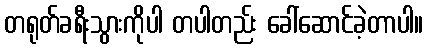
တရုတ်ခရီးသွားကိုပါ တပါတည်း ခေါ်ဆောင်ခဲ့တာပါ။